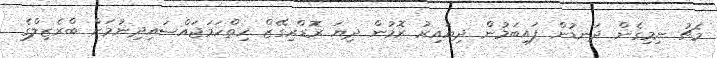
މެޗު ނިމިގެން ދަނޑުން ފައިބަމުން ދިޔައިރު ރޮމުން ދިޔަ ރޮޑްރިގޭޒް ހިތްހަމަޖައްސައިދިނުމަށް ބްރެޒިލްގެ